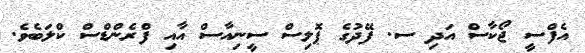
އެފްސީ ޖޯކާސް އަދި ސ. ފޭދުގެ ޕޮލިސް ސީނިއާސް އާއި ފްރެންޑްސް ކްލަބެވެ.